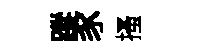
蹤豕搔